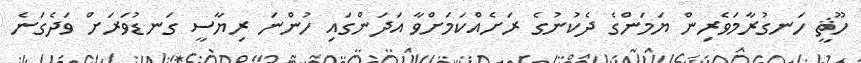
ހޫޘީ ހަނގުރާމަވެރިން ޔަމަންގެ ދެކުނުގެ ރަށެއްކަމަށްވާ އަދަންގައި ހުންނަ ރިޔާސީ ގަނޑުވަރަށް ވަދެގަނެ